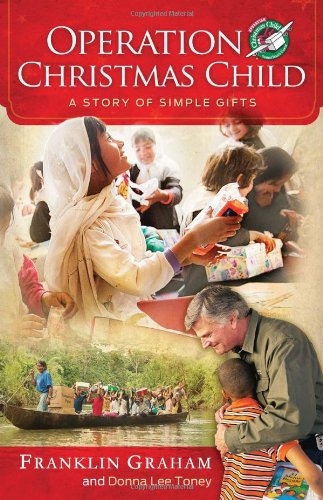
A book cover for Operation Christmas Child: A Story of Simple Gifts; Franklin Graham; Christian Books & Bibles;